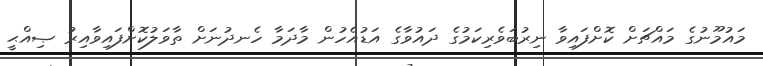
މައުމޫނުގެ މައްޗަށް ކޮށްފައިވާ ނިރުބަވެރިކަމުގެ ދައުވާގެ އަޑުއެހުން މާދަމާ ހެނދުނަށް ތާވަލުކޮށްފައިވާއިރު ޞިއްޙީ